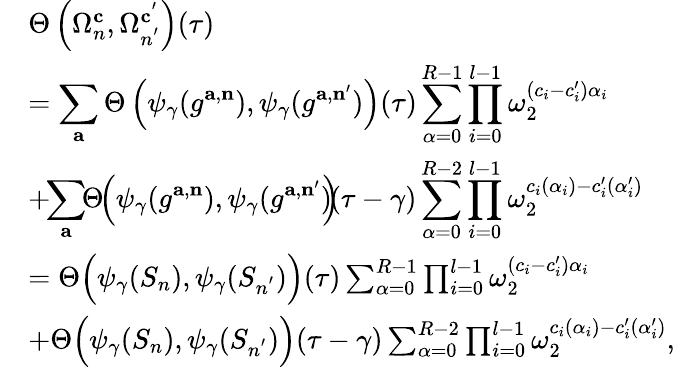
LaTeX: \begin{array}{rl}&{\Theta\left(\Omega_{n}^{\mathbf{c}},\Omega_{n^{'}}^{\mathbf{c}^{'}}\right)(\tau)}\\ &{=\displaystyle\sum_{\mathbf{a}}\Theta\left({\psi_{\gamma}}(g^{\mathbf{a},\mathbf{n}}),{\psi_{\gamma}}(g^{\mathbf{a},\mathbf{n}^{\prime}})\right)(\tau)\sum_{\alpha=0}^{R-1}\prod_{i=0}^{l-1}\omega_{2}^{(c_{i}-c_{i}^{\prime})\alpha_{i}}}\\ &{+\! \! \displaystyle\sum_{\mathbf{a}}\! \! \Theta\! \! \left({\psi_{\gamma}}(g^{\mathbf{a},\mathbf{n}}),{\psi_{\gamma}}(g^{\mathbf{a},\mathbf{n}^{\prime}})\! \! \right)\! \! (\tau-\gamma)\sum_{\alpha=0}^{R-2}\prod_{i=0}^{l-1}\omega_{2}^{c_{i}(\alpha_{i})-c_{i}^{\prime}(\alpha_{i}^{\prime})}}\\ &{=\Theta\Big(\psi_{\gamma}(S_{n}),\psi_{\gamma}(S_{n^{'}})\Big)(\tau)\sum_{\alpha=0}^{R-1}\prod_{i=0}^{l-1}\omega_{2}^{(c_{i}-c_{i}^{\prime})\alpha_{i}}}\\ &{+\Theta\Big(\psi_{\gamma}(S_{n}),\psi_{\gamma}(S_{n^{'}})\Big)(\tau-\gamma)\sum_{\alpha=0}^{R-2}\prod_{i=0}^{l-1}\omega_{2}^{c_{i}(\alpha_{i})-c_{i}^{\prime}(\alpha_{i}^{\prime})},}\end{array}